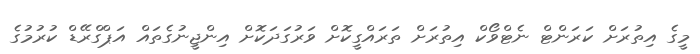
މީގެ އިތުރަށް ކަރަންޓް ނެޓްވޯކް އިތުރަށް ތަރައްގީކޮށް ވަރުގަދަކޮށް އިންޖީނުގެތައް އަޕްގްރޭޑް ކުރުމުގެ